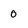
Character: 0